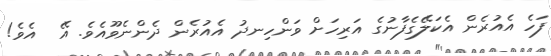
ފަހެ އެއުރެން އެކަލޭގެފާނުގެ އަރިހަށް ވަންހިނދު އެއުރެން ދެންނެވޫއެވެ. އޭ  އެވެ!